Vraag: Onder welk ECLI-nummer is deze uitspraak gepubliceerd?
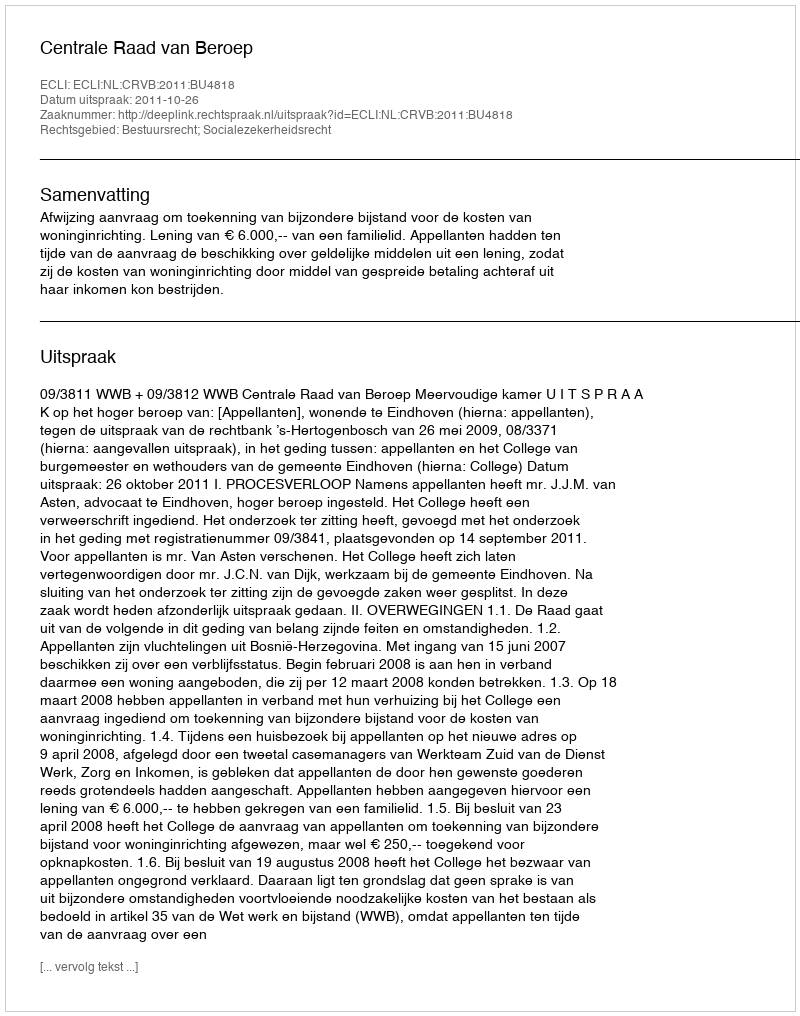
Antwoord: ECLI:NL:CRVB:2011:BU4818